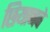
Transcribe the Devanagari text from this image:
छियानवे